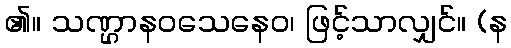
၏။ သဏ္ဌာနဝသေနေဝ၊ ဖြင့်သာလျှင်။ (န